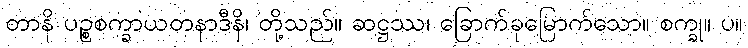
တာနိ ပဉ္စစက္ခာယတနာဒီနိ၊ တို့သည်။ ဆဋ္ဌဿ၊ ခြောက်ခုမြောက်သော။ စက္ခု။ ပ။